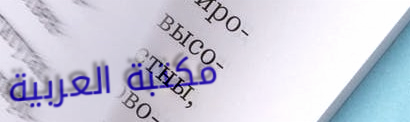
مكتبة العربية